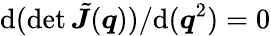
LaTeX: \mathrm{d}(\operatorname*{det}\tilde{\boldsymbol J}(\boldsymbol q))/\mathrm{d}(\boldsymbol q^{2})=0